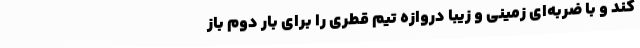
کند و با ضربه‌ای زمینی و زیبا دروازه تیم قطری را برای بار دوم باز